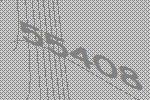
55408